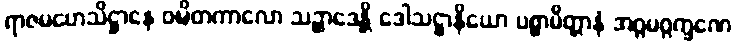
ရာဇမဟေသိဋ္ဌာနေ ဝဍ္ဎိတကာလော သဉ္ဆာဒေန္တိ ဒေါသဋ္ဌာနိယော ပစ္စာမိတ္တာနံ အဂ္ဂမဂ္ဂက္ခဏေ